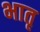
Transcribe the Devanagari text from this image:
भातृ